Vital statistics of India. Vol. V, Reports of 1876 on armies & jails and on epidemic cholera
Year: 1876
Disease focus: Cholera
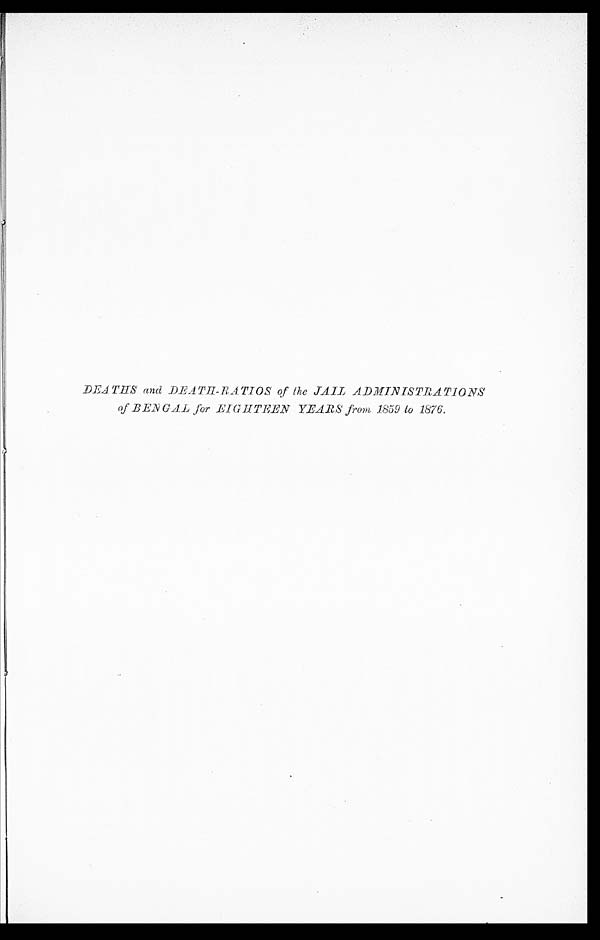
DEATHS and DEATH-RATIOS of the JAIL ADMINISTRATIONS
of BENGAL for EIGHTEEN YEARS from 1859 to 1876.